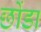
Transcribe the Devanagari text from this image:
छोंडा